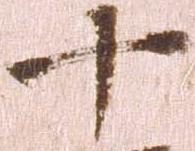
十